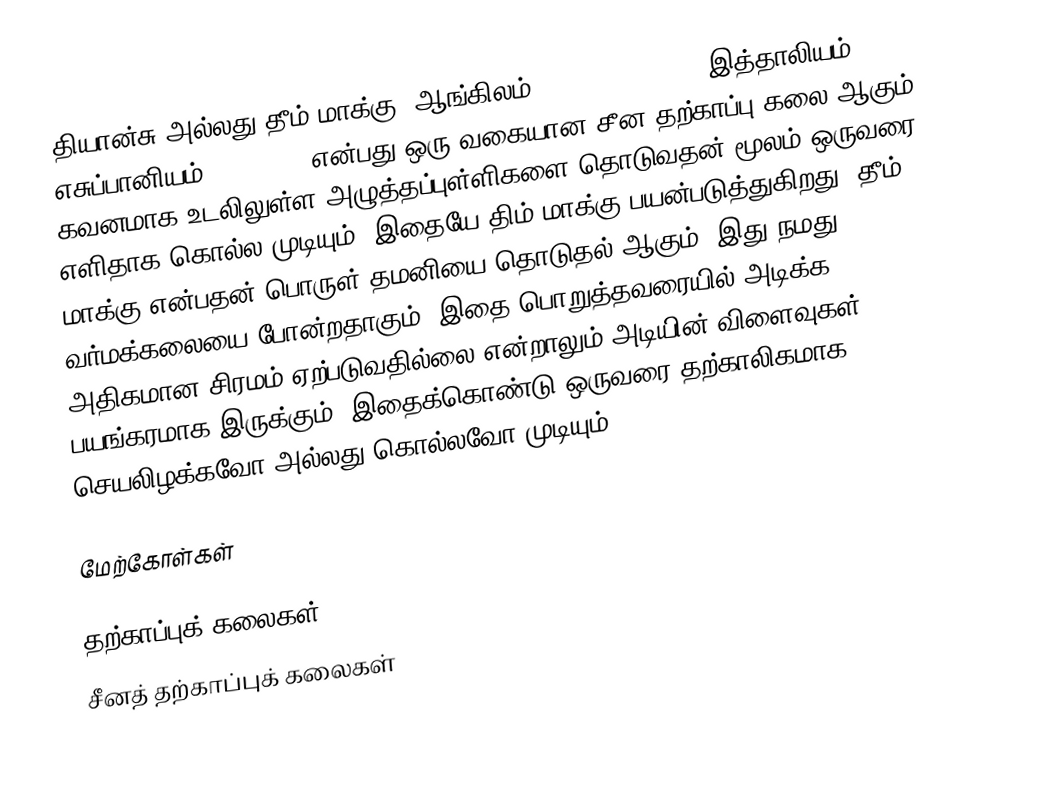
தியான்சு அல்லது தீம் மாக்கு (ஆங்கிலம்: Touch of Death; இத்தாலியம்: Dianxue; எசுப்பானியம்: Dim mak) என்பது ஒரு வகையான சீன தற்காப்பு கலை ஆகும். கவனமாக உடலிலுள்ள அழுத்தப்புள்ளிகளை தொடுவதன் மூலம் ஒருவரை எளிதாக கொல்ல முடியும். இதையே திம் மாக்கு பயன்படுத்துகிறது. தீம் மாக்கு என்பதன் பொருள் தமனியை தொடுதல் ஆகும். இது நமது வர்மக்கலையை போன்றதாகும். இதை பொறுத்தவரையில் அடிக்க அதிகமான சிரமம் ஏற்படுவதில்லை என்றாலும் அடியின் விளைவுகள் பயங்கரமாக இருக்கும். இதைக்கொண்டு ஒருவரை தற்காலிகமாக செயலிழக்கவோ அல்லது கொல்லவோ முடியும்.

மேற்கோள்கள்

தற்காப்புக் கலைகள்
சீனத் தற்காப்புக் கலைகள்